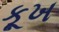
કૂખ